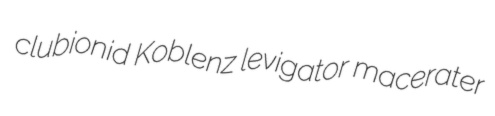
clubionid Koblenz levigator macerater